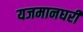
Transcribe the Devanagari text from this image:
यजमानघरी